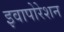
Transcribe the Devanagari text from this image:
इवापोरेशन